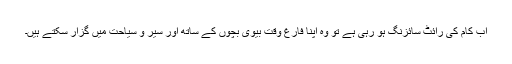
اب کام کی رائٹ سائزنگ ہو رہی ہے تو وہ اپنا فارغ وقت بیوی بچوں کے ساتھ اور سیر و سیاحت میں گزار سکتے ہیں۔